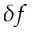
\delta f